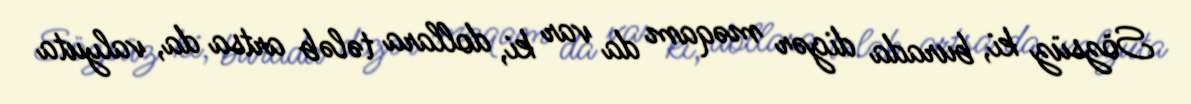
Sözsüz ki, burada digər məqam da var ki, dollara tələb artsa da, valyuta